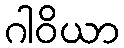
ဂါဝိယာ